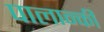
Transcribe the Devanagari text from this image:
पालान्की